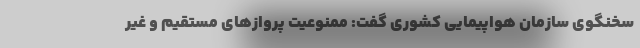
سخنگوی سازمان هواپیمایی کشوری گفت: ممنوعیت پروازهای مستقیم و غیر